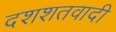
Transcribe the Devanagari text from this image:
दशशतवादी